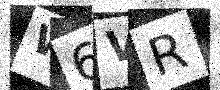
Text: W6VR